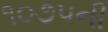
૧૦૭૫ની